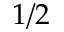
1 / 2